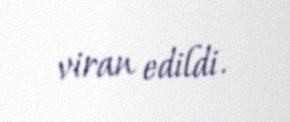
viran edildi.